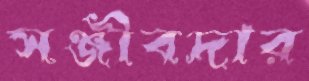
সঞ্জীবদার